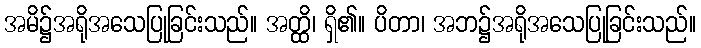
အမိ၌အရိုအသေပြုခြင်းသည်။ အတ္ထိ၊ ရှိ၏။ ပိတာ၊ အဘ၌အရိုအသေပြုခြင်းသည်။